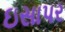
ઇસાપર